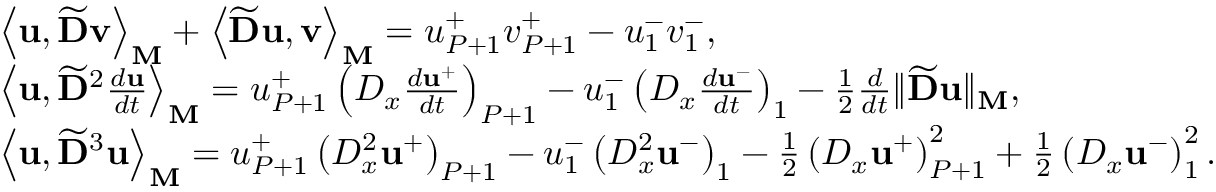
\begin{array} { r l } & { \left\langle \mathbf { u } , \widetilde { \mathbf { D } } \mathbf { v } \right\rangle _ { \mathbf { M } } + \left\langle \widetilde { \mathbf { D } } \mathbf { u } , \mathbf { v } \right\rangle _ { \mathbf { M } } = { u } _ { P + 1 } ^ { + } { v } _ { P + 1 } ^ { + } - { u } _ { 1 } ^ { - } { v } _ { 1 } ^ { - } , } \\ & { \left\langle \mathbf { u } , \widetilde { \mathbf { D } } ^ { 2 } \frac { d \mathbf { u } } { d t } \right\rangle _ { \mathbf { M } } = u _ { P + 1 } ^ { + } \left( D _ { x } \frac { d \mathbf { u } ^ { + } } { d t } \right) _ { P + 1 } - u _ { 1 } ^ { - } \left( D _ { x } \frac { d \mathbf { u } ^ { - } } { d t } \right) _ { 1 } - \frac { 1 } { 2 } \frac { d } { d t } \| \widetilde { \mathbf { D } } \mathbf { u } \| _ { \mathbf { M } } , } \\ & { \left\langle \mathbf { u } , \widetilde { \mathbf { D } } ^ { 3 } \mathbf { u } \right\rangle _ { \mathbf { M } } = { u } _ { P + 1 } ^ { + } \left( D _ { x } ^ { 2 } \mathbf { u } ^ { + } \right) _ { P + 1 } - { u } _ { 1 } ^ { - } \left( D _ { x } ^ { 2 } \mathbf { u } ^ { - } \right) _ { 1 } - \frac { 1 } { 2 } \left( D _ { x } \mathbf { u } ^ { + } \right) _ { P + 1 } ^ { 2 } + \frac { 1 } { 2 } \left( D _ { x } \mathbf { u } ^ { - } \right) _ { 1 } ^ { 2 } . } \end{array}